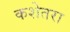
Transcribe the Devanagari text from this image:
कशेतरा